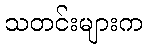
သတင်းများက